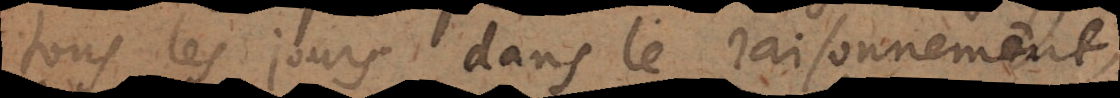
tous les jours dans le raisonnement,